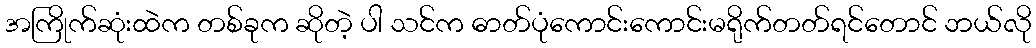
အကြိုက်ဆုံးထဲက တစ်ခုက ဆိုတဲ့ ပါ သင်က ဓာတ်ပုံကောင်းကောင်းမရိုက်တတ်ရင်တောင် ဘယ်လို